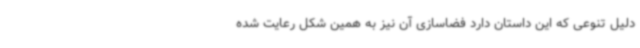
دلیل تنوعی که این داستان دارد فضاسازی آن نیز به همین شکل رعایت شده